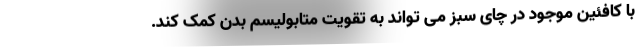
با کافئین موجود در چای سبز می تواند به تقویت متابولیسم بدن کمک کند.